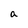
Character: a